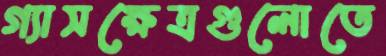
গ্যাসক্ষেত্রগুলোতে